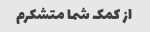
از کمک شما متشکرم